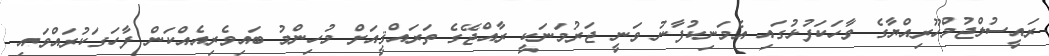
ރައީސުލްޖުމްހޫރިއްޔާގެ ވާހަކަފުޅުގައި އެމަނިކުފާނު ވަނީ ޖަރުމަނަކީ ރާއްޖޭގެ ތަރައްޤީއަށް މުހިންމު ބައިވެރިއެއްކަން ފާހަގަކުރައްވައި